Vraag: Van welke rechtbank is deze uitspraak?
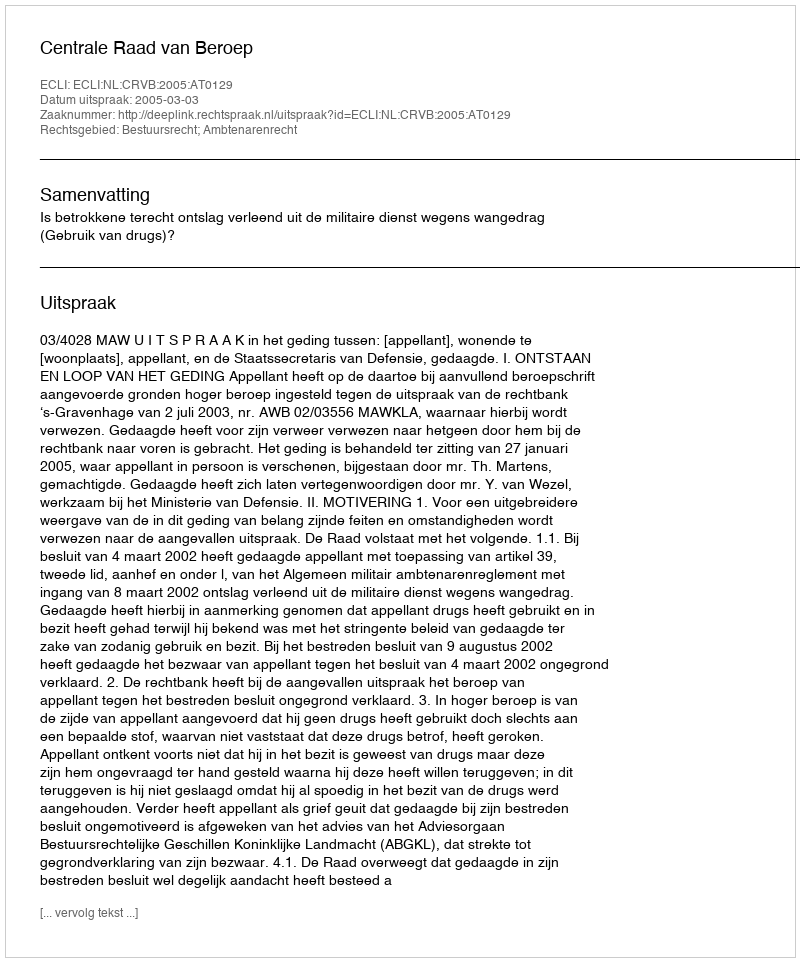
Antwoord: Centrale Raad van Beroep